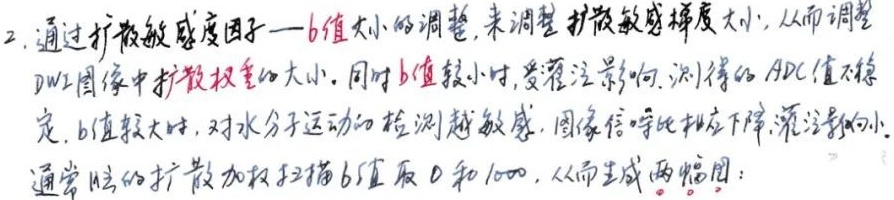
2. 通过扩散敏感度因子——\(b\)值大小的调整，来调整扩散敏感梯度大小，从而调整DWI图像中扩散权重的大小。同时，\(b\)值较小时，受灌注影响，测得的\(ADC\)值不稳定；\(b\)值较大时，对水分子运动的检测越敏感，图像信噪比相应下降，灌注影响小。通常脑的扩散加权扫描\(b\)值取0和1000，从而生成两幅图：